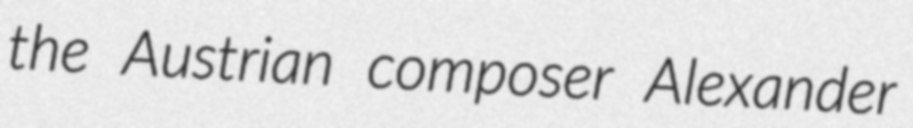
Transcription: the Austrian composer Alexander